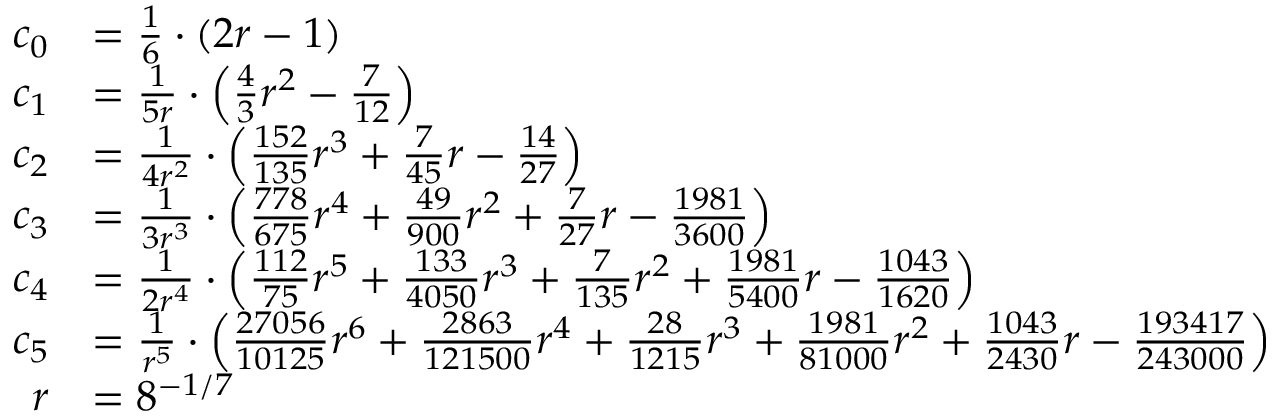
\begin{array} { r l } { c _ { 0 } } & { = \frac { 1 } { 6 } \cdot \left( 2 r - 1 \right) } \\ { c _ { 1 } } & { = \frac { 1 } { 5 r } \cdot \left( \frac { 4 } { 3 } r ^ { 2 } - \frac { 7 } { 1 2 } \right) } \\ { c _ { 2 } } & { = \frac { 1 } { 4 r ^ { 2 } } \cdot \left( \frac { 1 5 2 } { 1 3 5 } r ^ { 3 } + \frac { 7 } { 4 5 } r - \frac { 1 4 } { 2 7 } \right) } \\ { c _ { 3 } } & { = \frac { 1 } { 3 r ^ { 3 } } \cdot \left( \frac { 7 7 8 } { 6 7 5 } r ^ { 4 } + \frac { 4 9 } { 9 0 0 } r ^ { 2 } + \frac { 7 } { 2 7 } r - \frac { 1 9 8 1 } { 3 6 0 0 } \right) } \\ { c _ { 4 } } & { = \frac { 1 } { 2 r ^ { 4 } } \cdot \left( \frac { 1 1 2 } { 7 5 } r ^ { 5 } + \frac { 1 3 3 } { 4 0 5 0 } r ^ { 3 } + \frac { 7 } { 1 3 5 } r ^ { 2 } + \frac { 1 9 8 1 } { 5 4 0 0 } r - \frac { 1 0 4 3 } { 1 6 2 0 } \right) } \\ { c _ { 5 } } & { = \frac { 1 } { r ^ { 5 } } \cdot \left( \frac { 2 7 0 5 6 } { 1 0 1 2 5 } r ^ { 6 } + \frac { 2 8 6 3 } { 1 2 1 5 0 0 } r ^ { 4 } + \frac { 2 8 } { 1 2 1 5 } r ^ { 3 } + \frac { 1 9 8 1 } { 8 1 0 0 0 } r ^ { 2 } + \frac { 1 0 4 3 } { 2 4 3 0 } r - \frac { 1 9 3 4 1 7 } { 2 4 3 0 0 0 } \right) } \\ { r } & { = 8 ^ { - 1 / 7 } } \end{array}